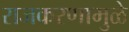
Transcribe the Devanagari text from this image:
राजकरणामुळे